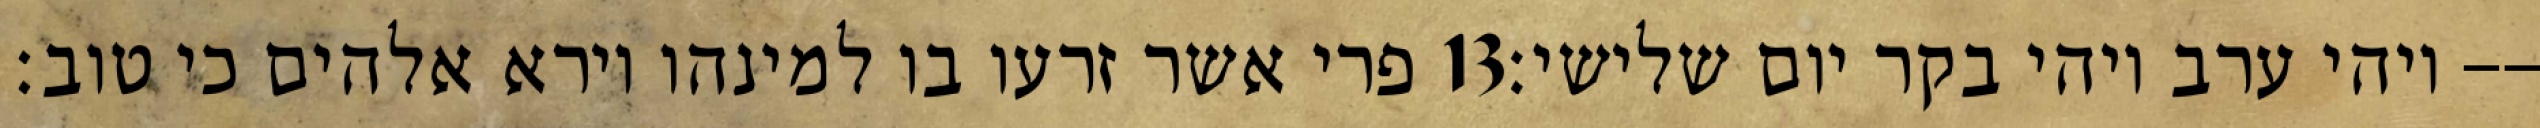
פרי אשר זרעו בו למינהו וירא אלהים כי טוב׃ ‎13‏ ויהי ערב ויהי בקר יום שלישי׃--